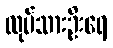
လုပ်သားဦးရေ